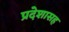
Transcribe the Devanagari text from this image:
प्रदेशासह